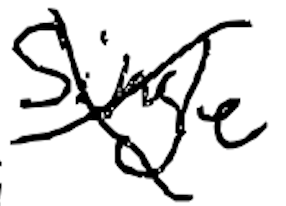
Text: single
Cross-out: mix
Writing tool: digital_black